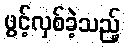
ဖွင့်လှစ်ခဲ့သည့်